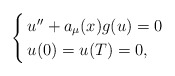
\begin{align*}\begin{cases}\, u'' + a_{\mu}(x) g(u) = 0 \\\, u(0) = u(T) = 0,\end{cases}\end{align*}